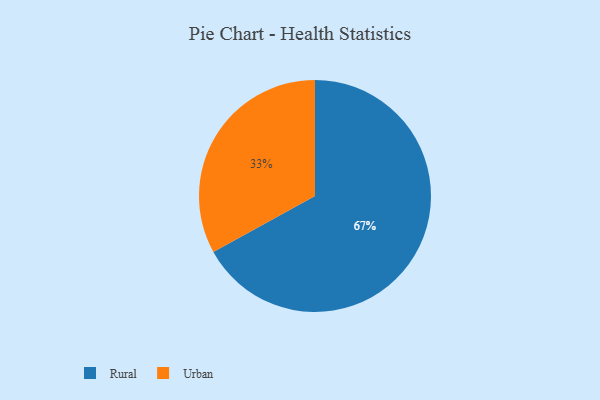
{"axis": {"x": "Category", "y": "Percentage"}, "legend": ["Rural", "Urban"], "data": [{"x": "Rural", "y": 67, "type": "Rural"}, {"x": "Urban", "y": 33, "type": "Urban"}]}